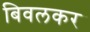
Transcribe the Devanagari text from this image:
बिवलकर